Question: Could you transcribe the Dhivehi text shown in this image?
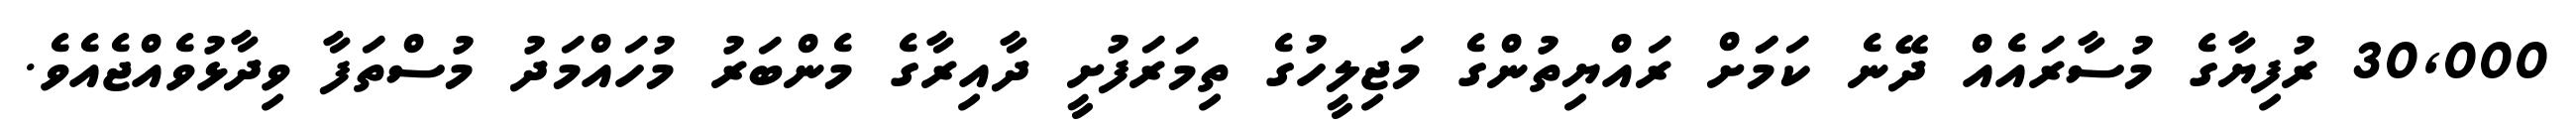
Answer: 30,000 ރުފިޔާގެ މުސާރައެއް ދޭނެ ކަމަަށް ރައްޔިތުންގެ މަޖިލީހުގެ ތިމަރަފުށީ ދާއިރާގެ މެންބަރު މުހައްމަދު މުސްތަފާ ވިދާޅުވެއްޖެއެވެ.